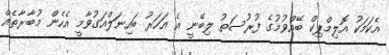
އެކަމަކު އޮލިމްޕިކް ބޭއްވުމުގެ ފުރުސަތު ލިބޭނީ އެ އަހަރު ބައިނަލްއަގުވާމީ އެހެން މުބާރާތެއް